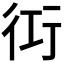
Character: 𮕢